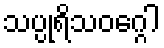
သပ္ပုရိသဝဂ္ဂေါ